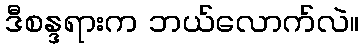
ဒီစန္ဒရားက ဘယ်လောက်လဲ။